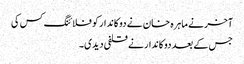
آخر نے ماہرہ خان نے دوکاندار کو فلائنگ کس کی
جس کے بعد دوکاندار نے قلفی دیدی۔